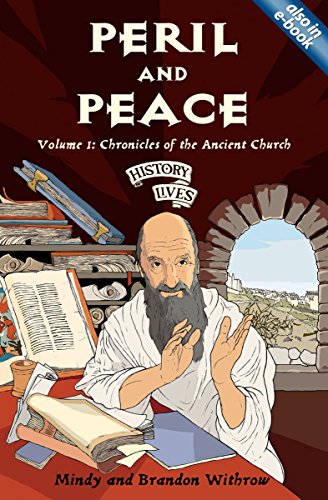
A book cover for Peril and Peace: Chronicles of the Ancient Church (History Lives series); Mindy Withrow; Children's Books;